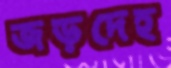
জড়দেহ